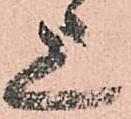
上